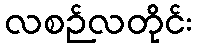
လစဉ်လတိုင်း